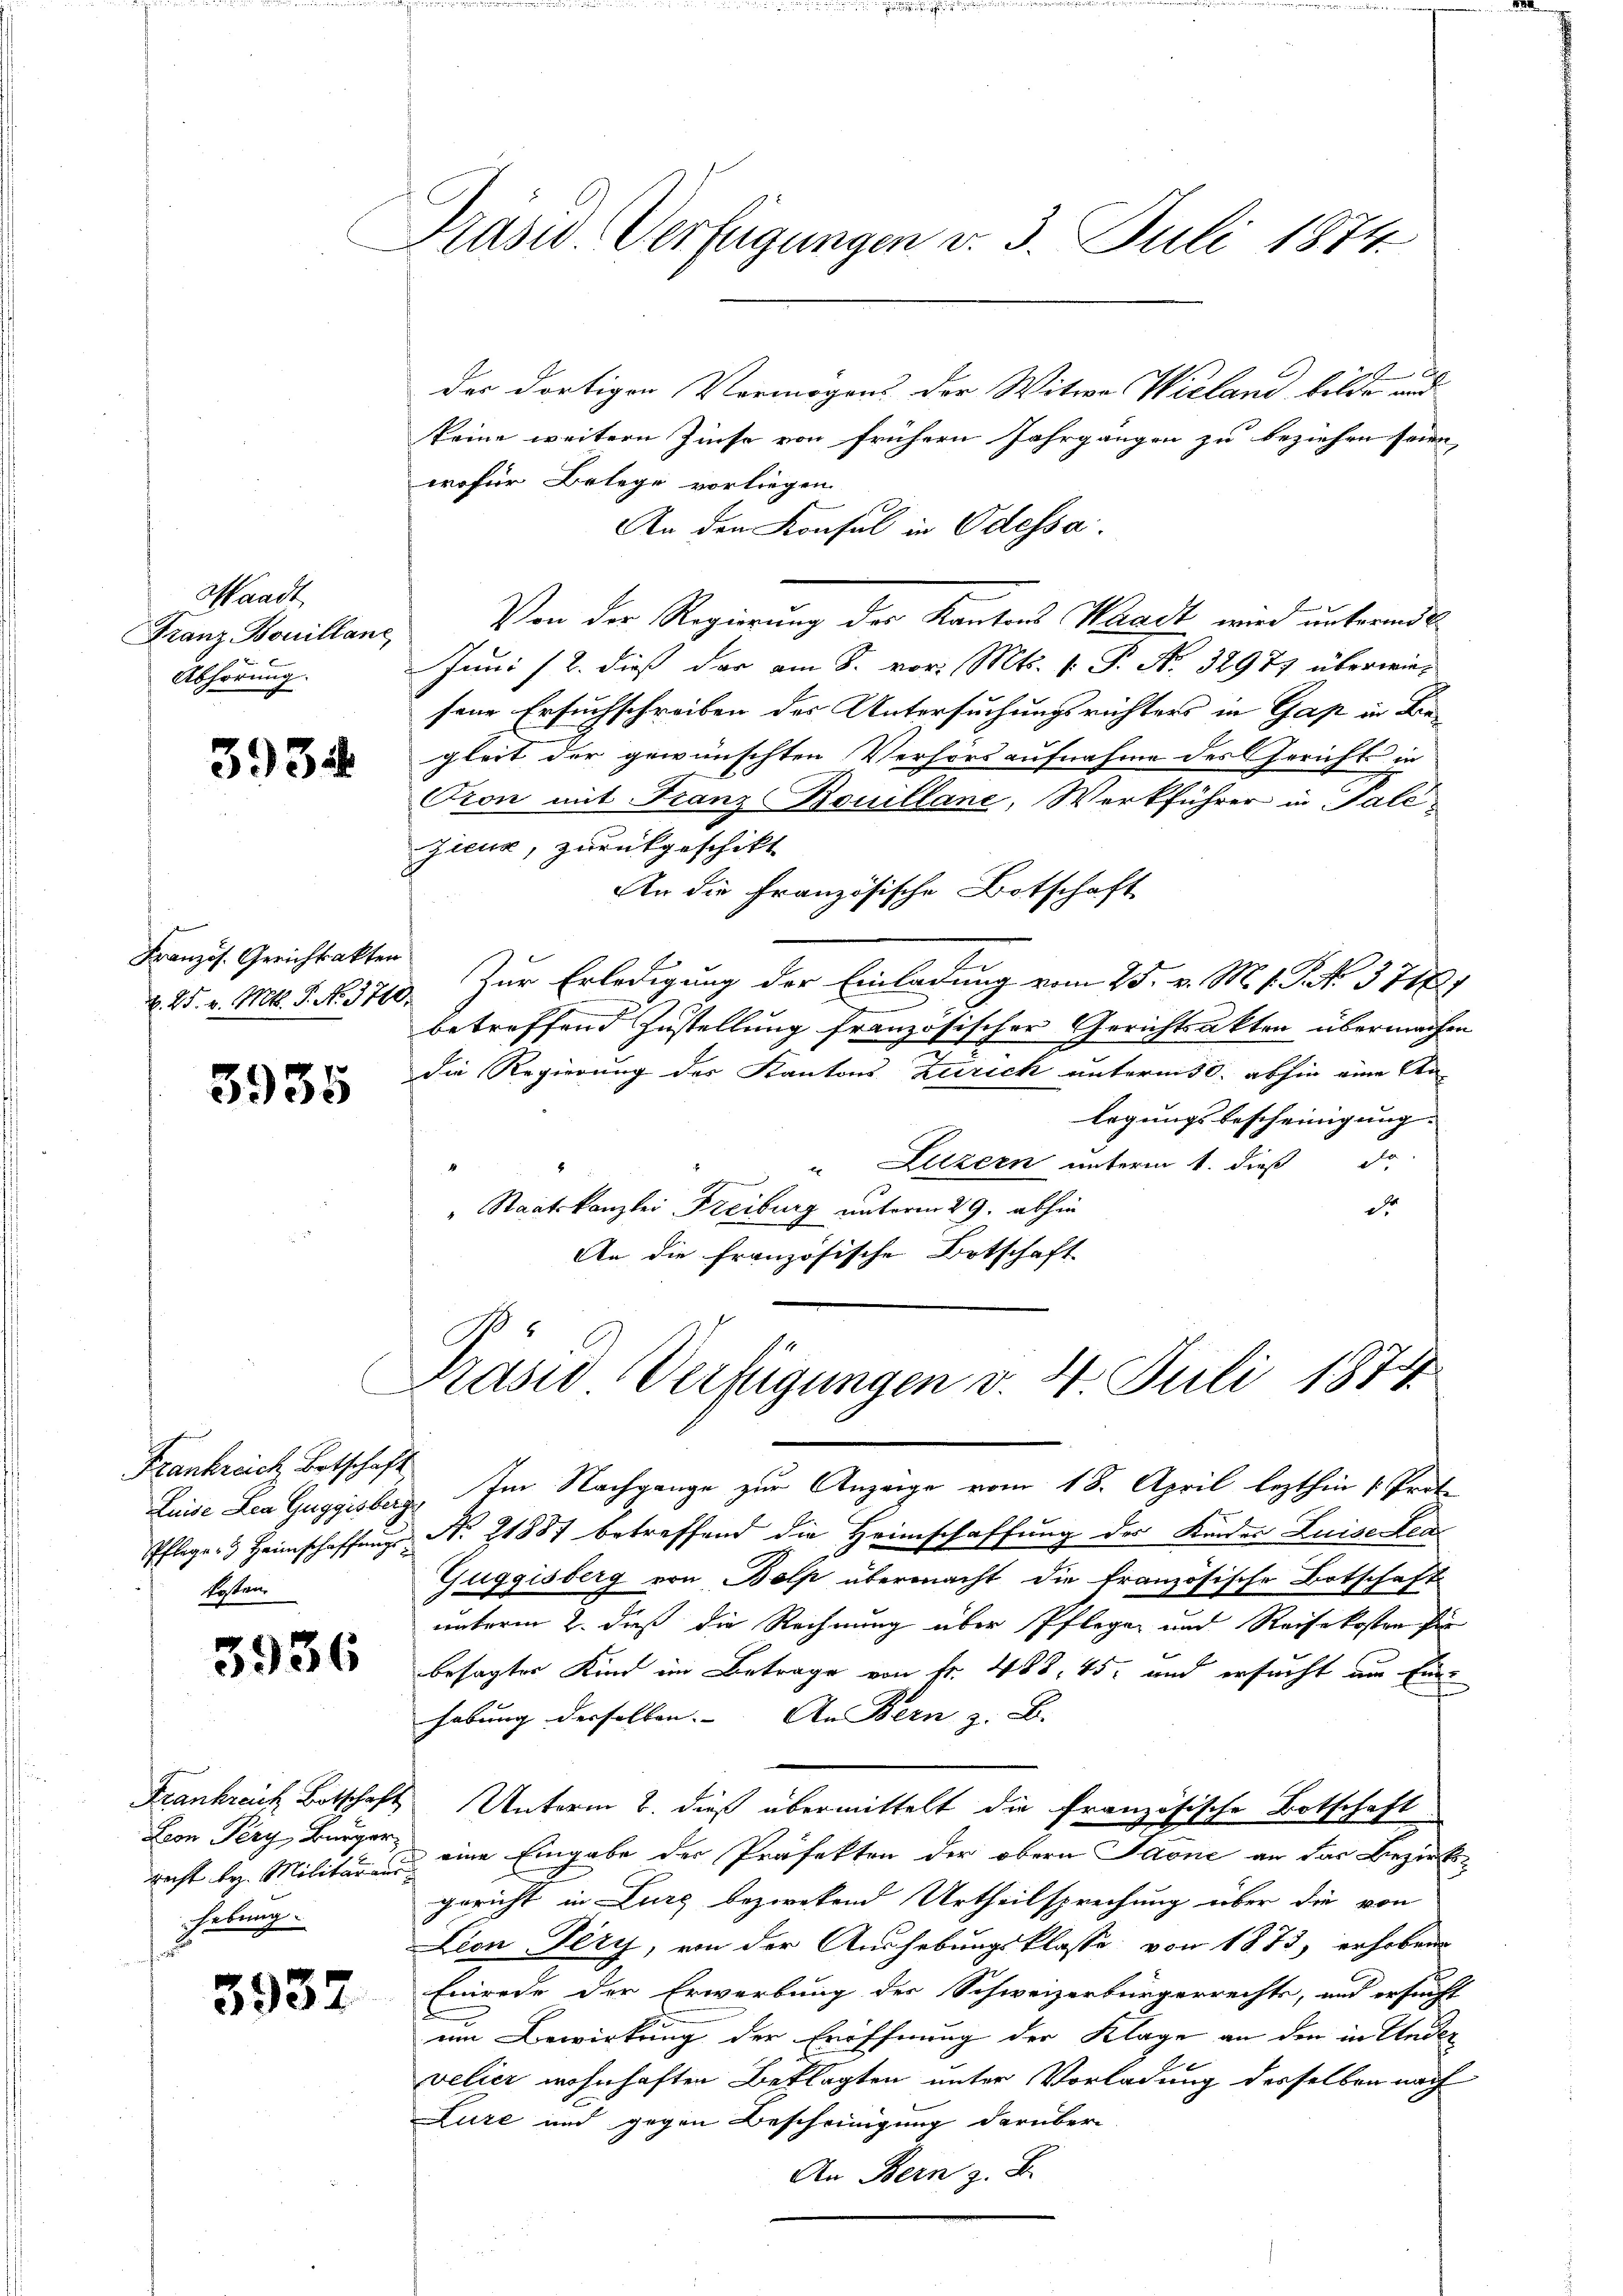
Waadt
Franz Bouillane
Abhörung.

3934

Französ. Gerichtsakten

3935

Frankreich Betschaft
Pflege & Heimschaffungs-
Posten,

3936

Eron Pery, Bürger
recht bez. Militäraus
hebung

3932

Präsid. Verfügungen v. 3. Juli 1874.

der dortigen Vermögens der Witwe Wieland bilde und
keine weitern Zinse von frühern Jahrgängen zu beziehen seien |
wofür Belege vorliegen.
An den Konsul in Odessa.
Von der Regierung der Kantons Waadt wird unternde
Juni /2. dieß der am 8. vor. Mts. v. P. Nr. 32977 überwiesene Ersuchschreiben des Untersuchungsrichters in Gas in Begleit der gewünschten Verhörs aufnahme des Gerichts in
Pron mit Franz Bouillane, Werkführer in Pale¬
Zieux, zurückgeschikt
An die Französische Botschaft
n
k. 25. v. Mts. S. No. 3719. Zur Erledigung der Einladung vom 25. v. M. v. J. No. 37187
betreffend Zustellung französischer Gerichtsakten übermachen
die Regierung des Kantons Zürich unterm 30. abhin eine An-
legungsbescheinigung.
Luzern unterm 1. dieß de
" Staatskanzlei Freiburg unterm 29. abhin
der
An die Französische Ortschaft

Prasio Verfügungen v. 4. Juli 1874

Luise Lex Guggisberg. Im Nachgange zur Anzeige vom 18. April lezthin 1. Prote
No. 21887 betreffend die Heimschaffung des Kinder Luise Real
Zuggisberg von Bolp übermacht die französische Botschaft
unterm 2. dieß die Rechnung über Pflegen und Reisekosten für
besagter Kind im Betrage von Fr. 488, 45. und ersucht um Eine
habung derselben. An Bern z. B. |
Frankreich Botschaft Unterm 2. dieß übermittelt die französische Botschaft
eine Eingabe der Präfekton der obern Paone an das Bezirk
gericht in Lurg bezwekend Urtheilsprechung über die von
Lion-Tery, von der Aushebungsklasse von 1873, erhoben
Eierde der Erwerbung des Schweizerbürgerrechts, und ersucht
um Bewirkung der Eröffnung der Klage an den in Ander
velier wohnhaften Beklagten unter Vorladung derselben nach
Lure und gegen Bescheinigung darüber
An Bern z. B.